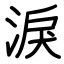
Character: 淚